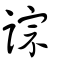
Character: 誴